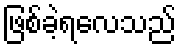
ဖြစ်ခဲ့ရလေသည်